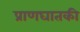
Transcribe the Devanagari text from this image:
प्राणघातकी